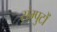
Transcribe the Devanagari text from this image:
संम्पुटों